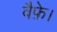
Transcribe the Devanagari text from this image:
वैफ़े।